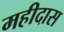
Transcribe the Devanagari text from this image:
महीदास